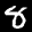
Label: 8